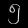
Digit: ၅